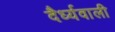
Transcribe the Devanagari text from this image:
दैर्ध्यवाली